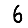
Digit: 6